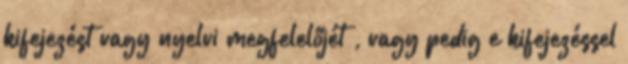
kifejezést vagy nyelvi megfelelőjét , vagy pedig e kifejezéssel